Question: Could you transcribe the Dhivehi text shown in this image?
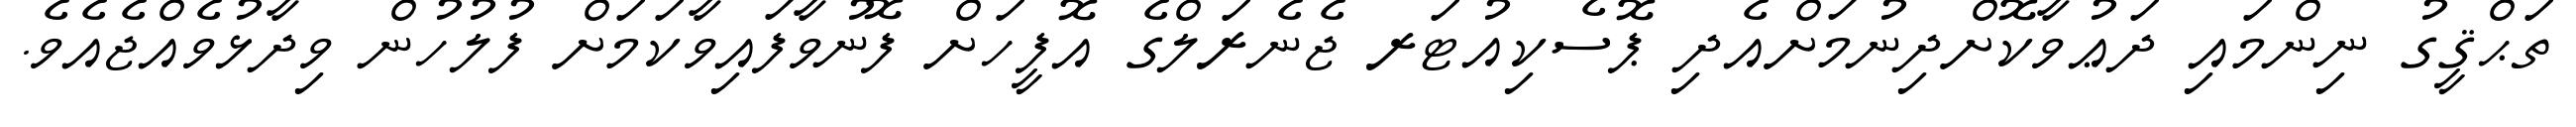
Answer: ތަޙްޤީގު ނިންމައި ދަޢުވާކޮށްދިނުމަށްއެދި ޕޮސެކިއުޓަރ ޖެނެރަލްގެ އޮފީހަށް ފޮނުވާފައިވާކަމަށް ފުލުހުން ވިދާޅުވެއްޖެއެވެ.